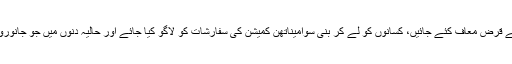
ان کا مطالبہ ہے کہ کسانوں کے سرکاری اور کوآپریٹو بینکوں کے قرض معاف کئے جائیں، کسانوں کو لے کر بنی سوامیناتھن کمیشن کی سفارشات کو لاگو کیا جائے اور حالیہ دنوں میں جو جانوروں فروخت کے لئے قانون بنائے گئے ہیں ان میں ترمیم کی جائے۔